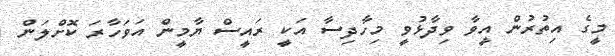
މީގެ އިތުރުން އީވާ ވިދާޅުވީ މިހާދިސާ އަކީ ރައީސް ޔާމީން އަވަހާރަ ކޮށްލަން